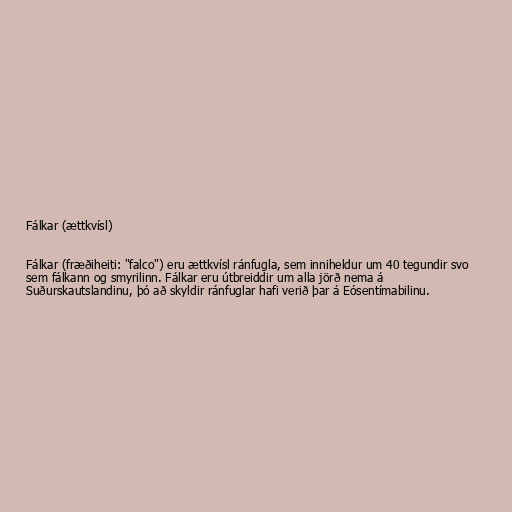
Fálkar (ættkvísl)

Fálkar (fræðiheiti: "falco") eru ættkvísl ránfugla, sem inniheldur um 40 tegundir svo
sem fálkann og smyrilinn. Fálkar eru útbreiddir um alla jörð nema á
Suðurskautslandinu, þó að skyldir ránfuglar hafi verið þar á Eósentímabilinu.